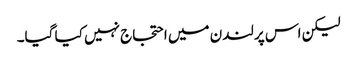
لیکن اس پر لندن میں احتجاج نہیں کیا گیا۔